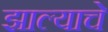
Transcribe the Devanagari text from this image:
झाल्‍याचे